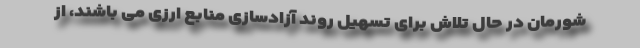
شورمان در حال تلاش برای تسهیل روند آزادسازی منابع ارزی می باشند، از